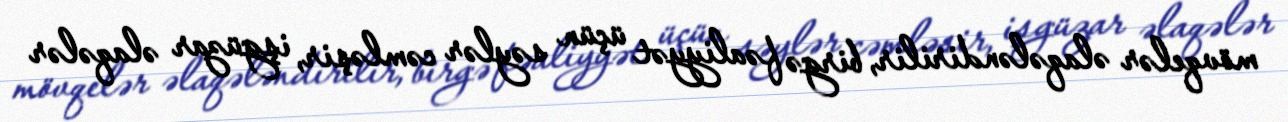
mövqelər əlaqələndirilir, birgə fəaliyyət üçün səylər cəmləşir, işgüzar əlaqələr